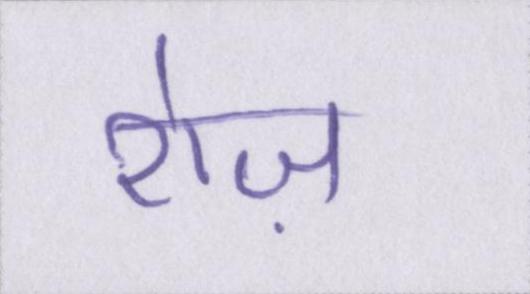
रोज़